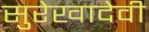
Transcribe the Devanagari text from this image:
सुरेखादेवी